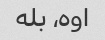
اوه، بله